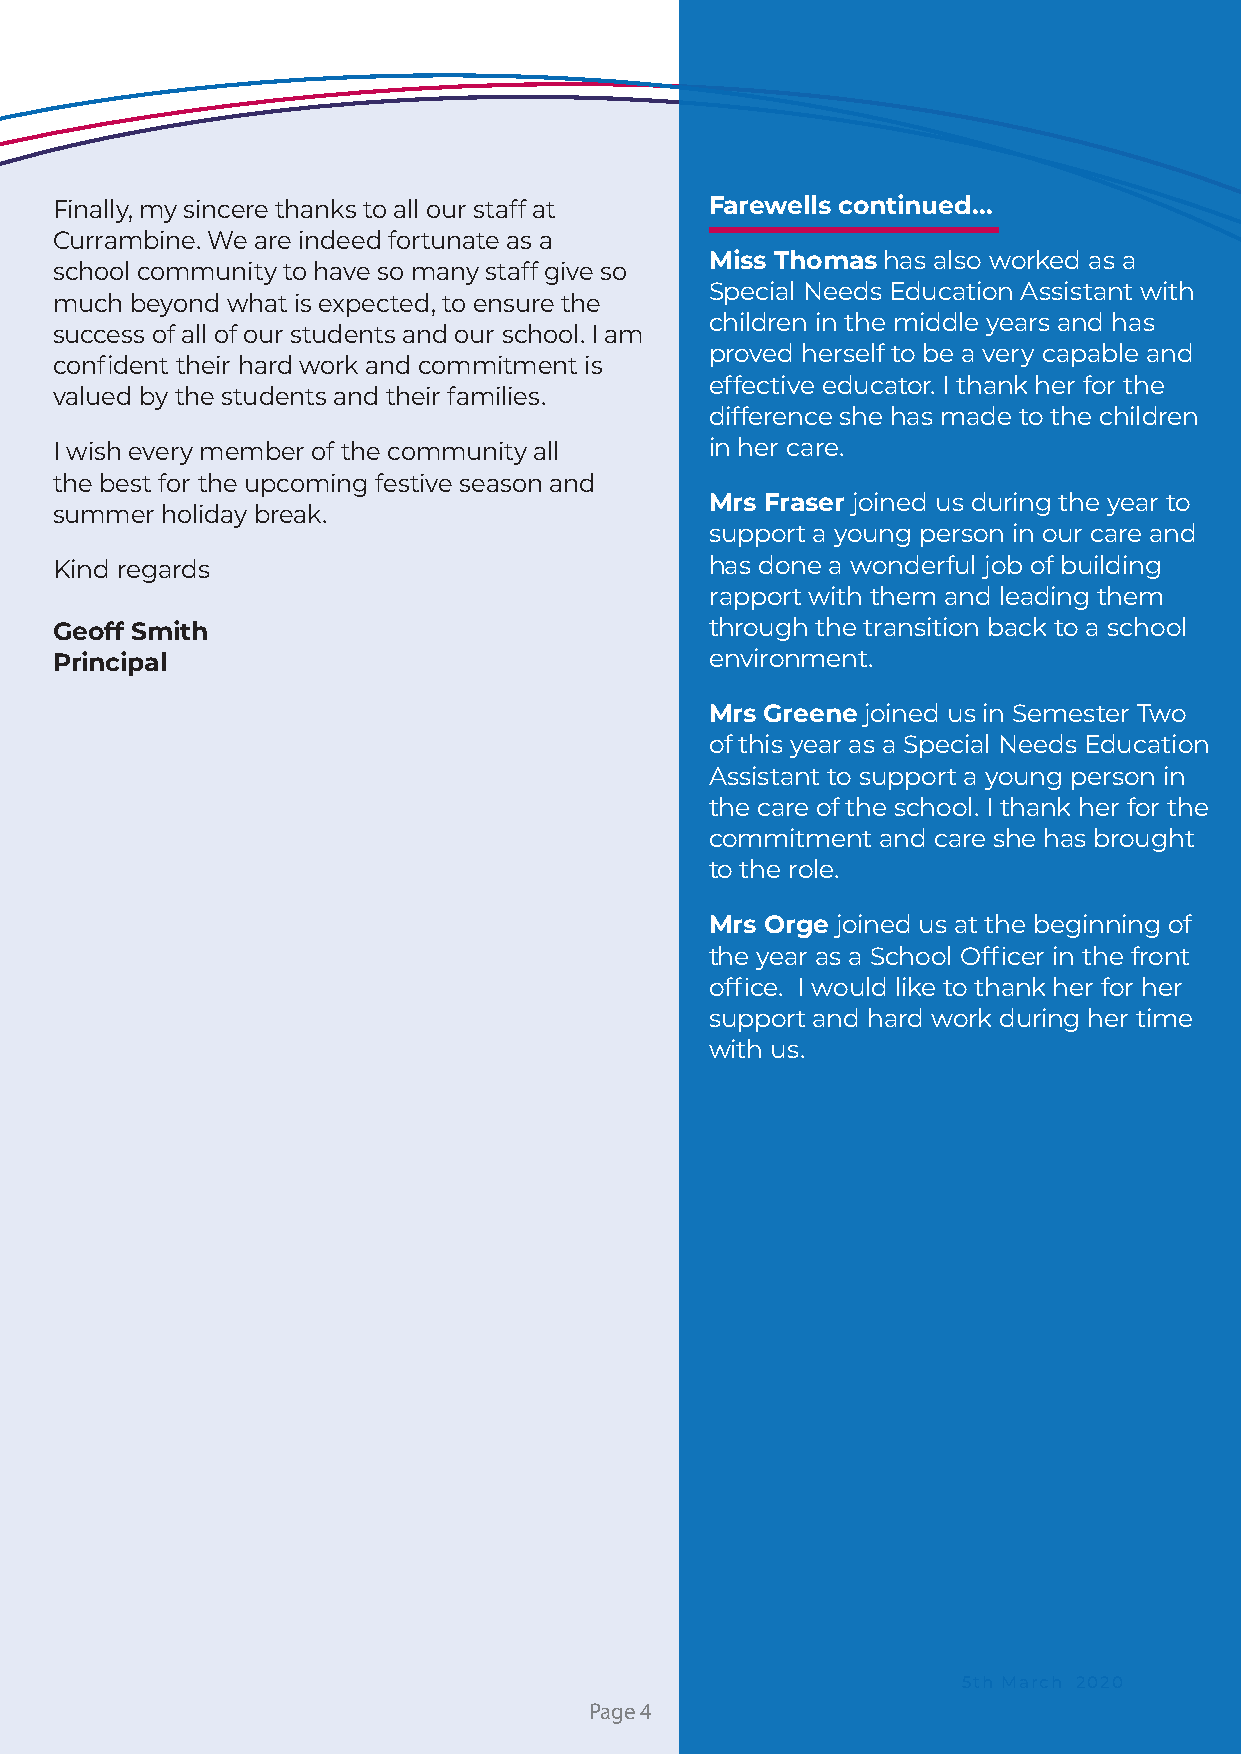
Finally, my sincere thanks to all our staff at Farewells continued...
 Currambine. We are indeed fortunate as a
 Miss Thomas has also worked as a
 school community to have so many staff give so
 Special Needs Education Assistant with
 much  beyond what is expected, to ensure the
 children in the middle years and has
 success of all of our students and our school. I am
 proved herself to be a very capable and
 confident their hard work and commitment is
 effective educator. I thank her for the
 valued by the students and their families.
 difference she has made to the children
 I wish every member of the community all    in her care.
 the best for the upcoming festive season and
 Mrs Fraser joined us during the year to
 summer  holiday break.
 support a young person in our care and
 Kind regards                                has done a wonderful job of building
 rapport with them and leading them
 Geoff Smith                                 through the transition back to a school
 Principal                                   environment.
 Mrs Greene joined us in Semester Two
 of this year as a Special Needs Education
 Assistant to support a young person in
 the care of the school. I thank her for the
 commitment and care she has brought
 to the role.
 Mrs Orge joined us at the beginning of
 the year as a School Officer in the front
 office. I would like to thank her for her
 support and hard work during her time
 with us.
 5th March 2020
 Page 4